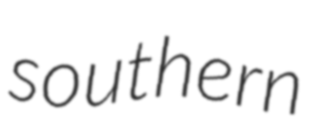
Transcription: southern